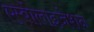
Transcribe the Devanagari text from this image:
एम्बोलाइज़ेशन